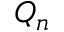
Q _ { n }